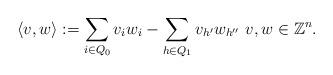
LaTeX: \begin{align*}\langle v,w \rangle := \sum_{i\in Q_0}v_iw_i - \sum_{h\in Q_1} v_{h'}w_{h''} \,\, v,w\in \mathbb{Z}^n.\end{align*}